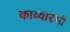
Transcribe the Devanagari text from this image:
काव्यारंभी